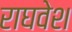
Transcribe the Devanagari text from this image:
राघवेश